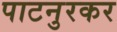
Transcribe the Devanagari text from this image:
पाटनुरकर